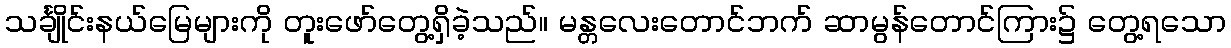
သင်္ချိုင်းနယ်မြေများကို တူးဖော်တွေ့ရှိခဲ့သည်။ မန္တလေးတောင်ဘက် ဆာမွန်တောင်ကြား၌ တွေ့ရသော